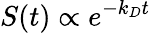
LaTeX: S(t)\propto e^{-k_{D}t}